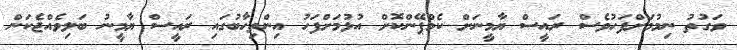
ވަގުތު ނިމުމަށްފަހުވެސް ރައީސް ޔާމީނަށް ކެމްޕޭންކޮށް އުޅުމަށްފަހު އިންތިހާބުގައި ރައީސް ޔާމީނު ބަލިވެއްޖެކަން